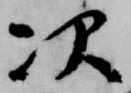
次